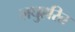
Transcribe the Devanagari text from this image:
लघुहरित